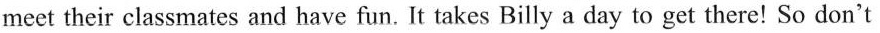
meet their classmates and have fun. It takes Billy a day to get there! So don't